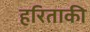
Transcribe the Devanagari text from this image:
हरिताकी